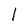
Character: l